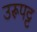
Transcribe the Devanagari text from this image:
उरूपट्ट